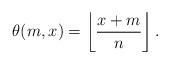
LaTeX: \begin{align*} \theta(m,x)=\left\lfloor\frac{x+m}n\right\rfloor. \end{align*}